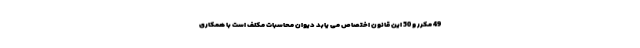
49 مکرر و 50 این قانون اختصاص می یابد دیوان محاسبات مکلف است با همکاری